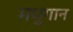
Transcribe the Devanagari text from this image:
मधुगान